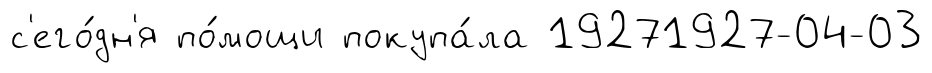
с'его́дн'я по́мощи покупа́ла 19271927-04-03